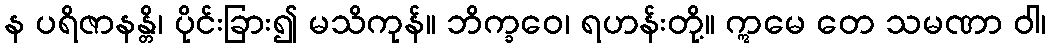
န ပရိဇာနန္တိ၊ ပိုင်းခြား၍ မသိကုန်။ ဘိက္ခဝေ၊ ရဟန်းတို့။ ဣမေ တေ သမဏာ ဝါ၊